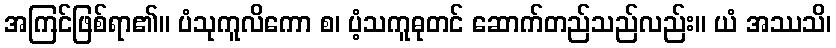
အကြင်ဖြစ်ရာ၏။ ပံသုကူလိကော စ၊ ပံ့သကူဓုတင် ဆောက်တည်သည်လည်း။ ယံ အဿသိ၊